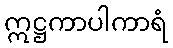
ဣဋ္ဌကာပါကာရံ